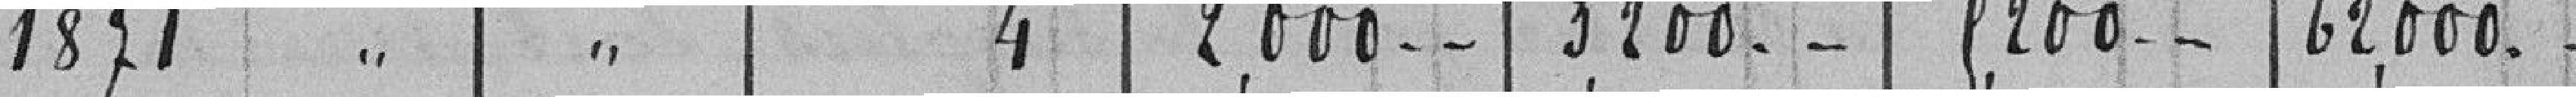
1871 " " 4 2.000 - - 3.200 - - 5.200 - - 62.000 -